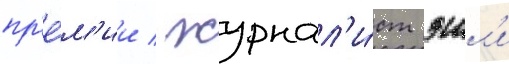
пр'е́м'ии / журнал'и́ст эшл'и